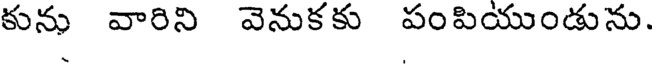
కును వారిని వెనుకకు పంపియుండును.